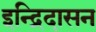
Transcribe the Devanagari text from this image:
इन्द्रिदासन